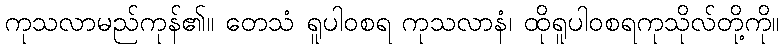
ကုသလာမည်ကုန်၏။ တေသံ ရူပါဝစရ ကုသလာနံ၊ ထိုရူပါဝစရကုသိုလ်တို့ကို။